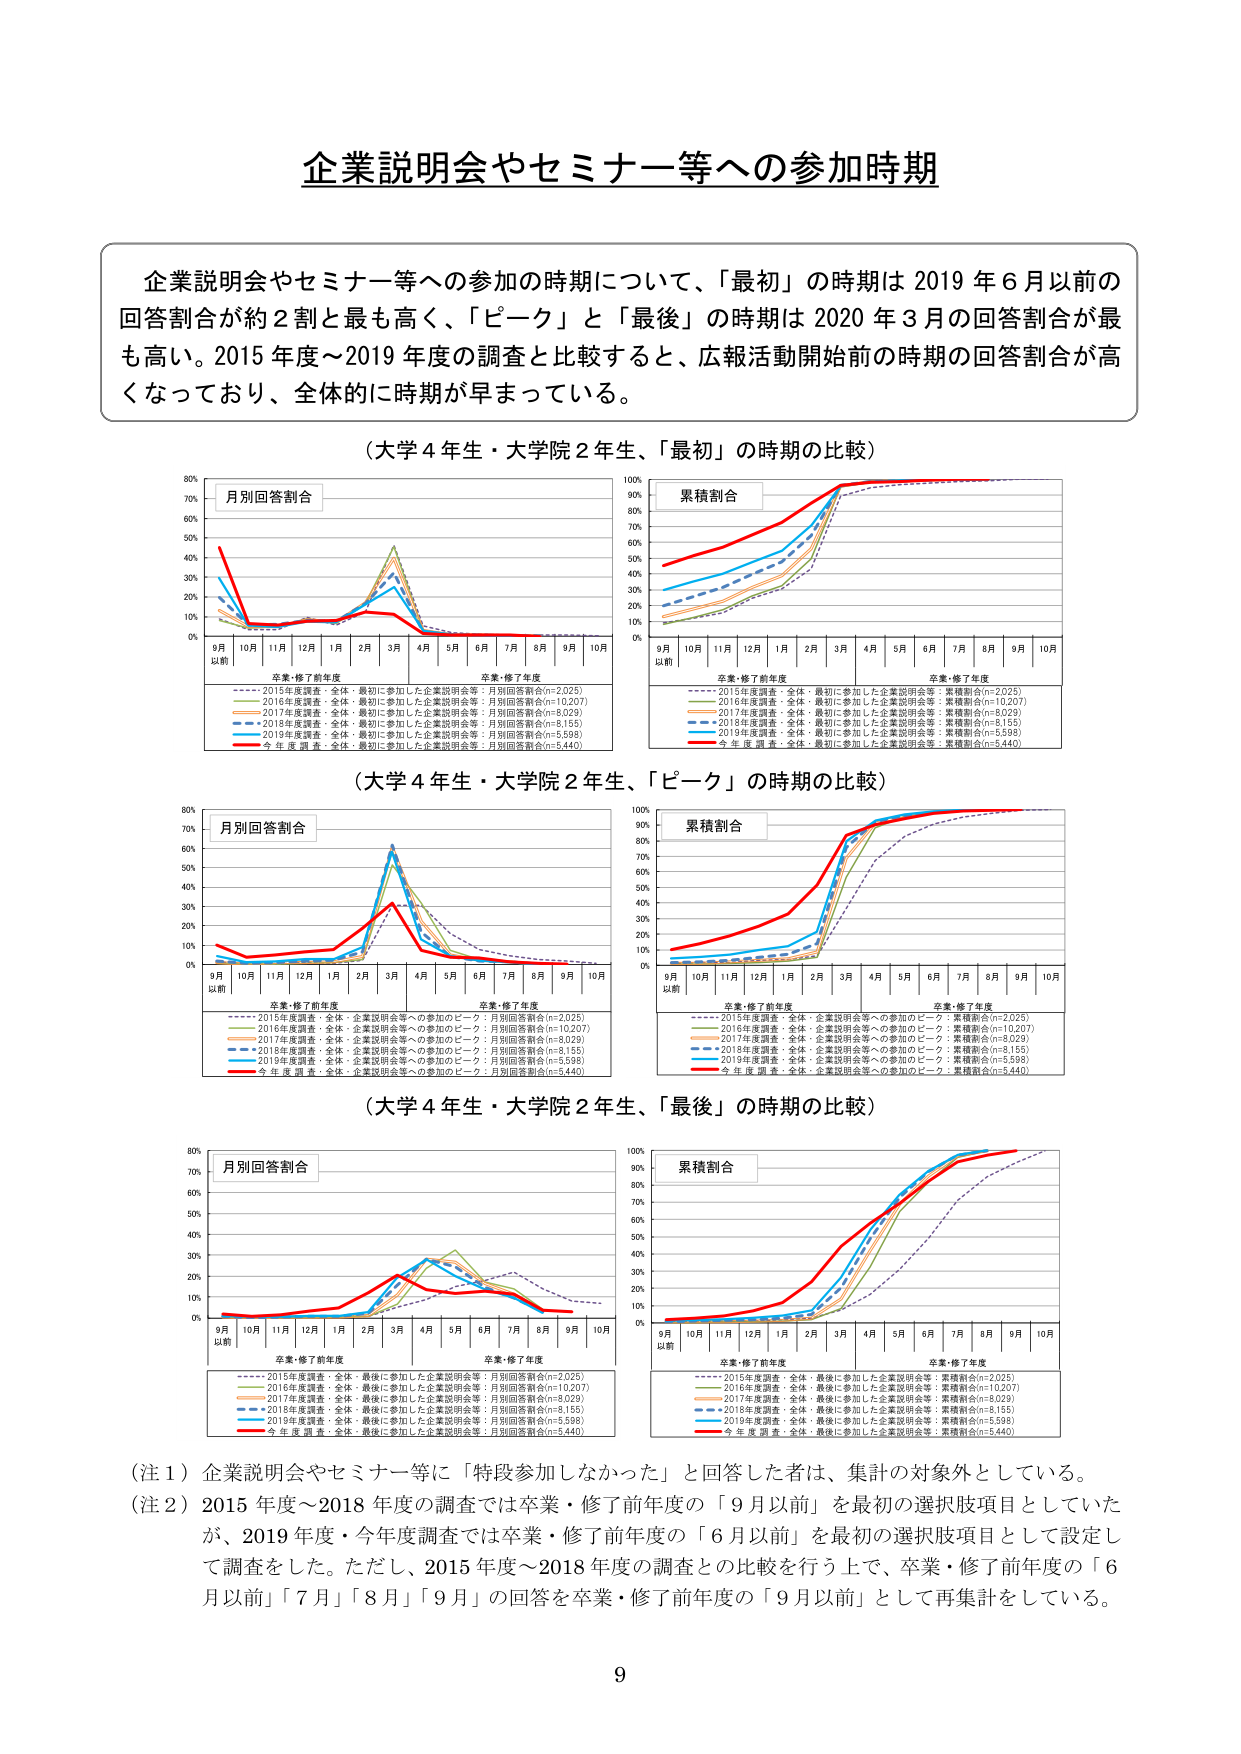
企業説明会やセミナー等への参加時期

企業説明会やセミナー等への参加の時期について、「最初」の時期は2019年6月以前の回答割合が約2割と最も高く、「ピーク」と「最後」の時期は2020年3月の回答割合が最も高い。2015年度～2019年度の調査と比較すると、広報活動開始前の時期の回答割合が高くなっており、全体的に時期が早まっている。

（大学4年生・大学院2年生、「最初」の時期の比較）

月別回答割合
9月以前 10月 11月 12月 1月 2月 3月 4月 5月 6月 7月 8月 9月 10月
卒業・修了前年度 卒業・修了年度
---- 2015年度調査・全体・最初に参加した企業説明会等：月別回答割合(n=2,025)
---- 2016年度調査・全体・最初に参加した企業説明会等：月別回答割合(n=10,207)
---- 2017年度調査・全体・最初に参加した企業説明会等：月別回答割合(n=8,029)
---- 2018年度調査・全体・最初に参加した企業説明会等：月別回答割合(n=8,155)
---- 2019年度調査・全体・最初に参加した企業説明会等：月別回答割合(n=5,598)
---- 今年度調査・全体・最初に参加した企業説明会等：月別回答割合(n=5,440)

累積割合
9月以前 10月 11月 12月 1月 2月 3月 4月 5月 6月 7月 8月 9月 10月
卒業・修了前年度 卒業・修了年度
---- 2015年度調査・全体・最初に参加した企業説明会等：累積割合(n=2,025)
---- 2016年度調査・全体・最初に参加した企業説明会等：累積割合(n=10,207)
---- 2017年度調査・全体・最初に参加した企業説明会等：累積割合(n=8,029)
---- 2018年度調査・全体・最初に参加した企業説明会等：累積割合(n=8,155)
---- 2019年度調査・全体・最初に参加した企業説明会等：累積割合(n=5,598)
---- 今年度調査・全体・最初に参加した企業説明会等：累積割合(n=5,440)

（大学4年生・大学院2年生、「ピーク」の時期の比較）

月別回答割合
9月以前 10月 11月 12月 1月 2月 3月 4月 5月 6月 7月 8月 9月 10月
卒業・修了前年度 卒業・修了年度
---- 2015年度調査・全体・企業説明会等への参加のピーク：月別回答割合(n=2,025)
---- 2016年度調査・全体・企業説明会等への参加のピーク：月別回答割合(n=10,207)
---- 2017年度調査・全体・企業説明会等への参加のピーク：月別回答割合(n=8,029)
---- 2018年度調査・全体・企業説明会等への参加のピーク：月別回答割合(n=8,155)
---- 2019年度調査・全体・企業説明会等への参加のピーク：月別回答割合(n=5,598)
---- 今年度調査・全体・企業説明会等への参加のピーク：月別回答割合(n=5,440)

累積割合
9月以前 10月 11月 12月 1月 2月 3月 4月 5月 6月 7月 8月 9月 10月
卒業・修了前年度 卒業・修了年度
---- 2015年度調査・全体・企業説明会等への参加のピーク：累積割合(n=2,025)
---- 2016年度調査・全体・企業説明会等への参加のピーク：累積割合(n=10,207)
---- 2017年度調査・全体・企業説明会等への参加のピーク：累積割合(n=8,029)
---- 2018年度調査・全体・企業説明会等への参加のピーク：累積割合(n=8,155)
---- 2019年度調査・全体・企業説明会等への参加のピーク：累積割合(n=5,598)
---- 今年度調査・全体・企業説明会等への参加のピーク：累積割合(n=5,440)

（大学4年生・大学院2年生、「最後」の時期の比較）

月別回答割合
9月以前 10月 11月 12月 1月 2月 3月 4月 5月 6月 7月 8月 9月 10月
卒業・修了前年度 卒業・修了年度
---- 2015年度調査・全体・最後に参加した企業説明会等：月別回答割合(n=2,025)
---- 2016年度調査・全体・最後に参加した企業説明会等：月別回答割合(n=10,207)
---- 2017年度調査・全体・最後に参加した企業説明会等：月別回答割合(n=8,029)
---- 2018年度調査・全体・最後に参加した企業説明会等：月別回答割合(n=8,155)
---- 2019年度調査・全体・最後に参加した企業説明会等：月別回答割合(n=5,598)
---- 今年度調査・全体・最後に参加した企業説明会等：月別回答割合(n=5,440)

累積割合
9月以前 10月 11月 12月 1月 2月 3月 4月 5月 6月 7月 8月 9月 10月
卒業・修了前年度 卒業・修了年度
---- 2015年度調査・全体・最後に参加した企業説明会等：累積割合(n=2,025)
---- 2016年度調査・全体・最後に参加した企業説明会等：累積割合(n=10,207)
---- 2017年度調査・全体・最後に参加した企業説明会等：累積割合(n=8,029)
---- 2018年度調査・全体・最後に参加した企業説明会等：累積割合(n=8,155)
---- 2019年度調査・全体・最後に参加した企業説明会等：累積割合(n=5,598)
---- 今年度調査・全体・最後に参加した企業説明会等：累積割合(n=5,440)

（注1）企業説明会やセミナー等に「特段参加しなかった」と回答した者は、集計の対象外としている。
（注2）2015年度～2018年度の調査では卒業・修了前年度の「9月以前」を最初の選択肢項目としていたが、2019年度・今年度調査では卒業・修了前年度の「6月以前」を最初の選択肢項目として設定して調査をした。ただし、2015年度～2018年度の調査との比較を行う上で、卒業・修了前年度の「6月以前」「7月」「8月」「9月」の回答を卒業・修了前年度の「9月以前」として再集計している。

9